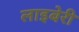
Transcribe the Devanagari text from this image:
लाइबेरी